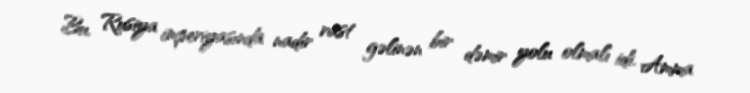
Bu, Rusiya imperiyasında nadir rast gəlinən bir dəmir yolu olmalı idi. Amma